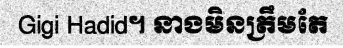
Gigi Hadid។ នាងមិនត្រឹមតែ